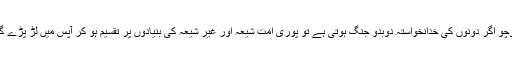
سوچو اگر دونوں کی خدانخواستہ دوبدو جنگ ہوتی ہے تو پوری امت شیعہ اور غیر شیعہ کی بنیادوں پر تقسیم ہو کر آپس میں لڑ پڑے گی۔